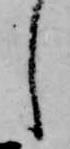
し